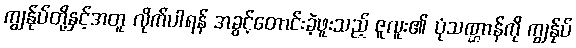
ကျွန်ုပ်တို့နှင့်အတူ လိုက်ပါရန် အခွင့်တောင်းခဲ့ဖူးသည့် ဇူလူး၏ ပုံသဏ္ဌာန်ကို ကျွန်ုပ်